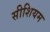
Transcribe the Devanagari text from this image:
सीशियम